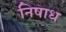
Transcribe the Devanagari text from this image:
निषाध